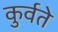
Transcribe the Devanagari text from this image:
कुर्वते